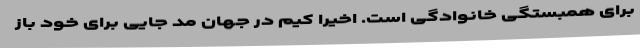
برای همبستگی خانوادگی است. اخیراً کیم در جهان مُد جایی برای خود باز